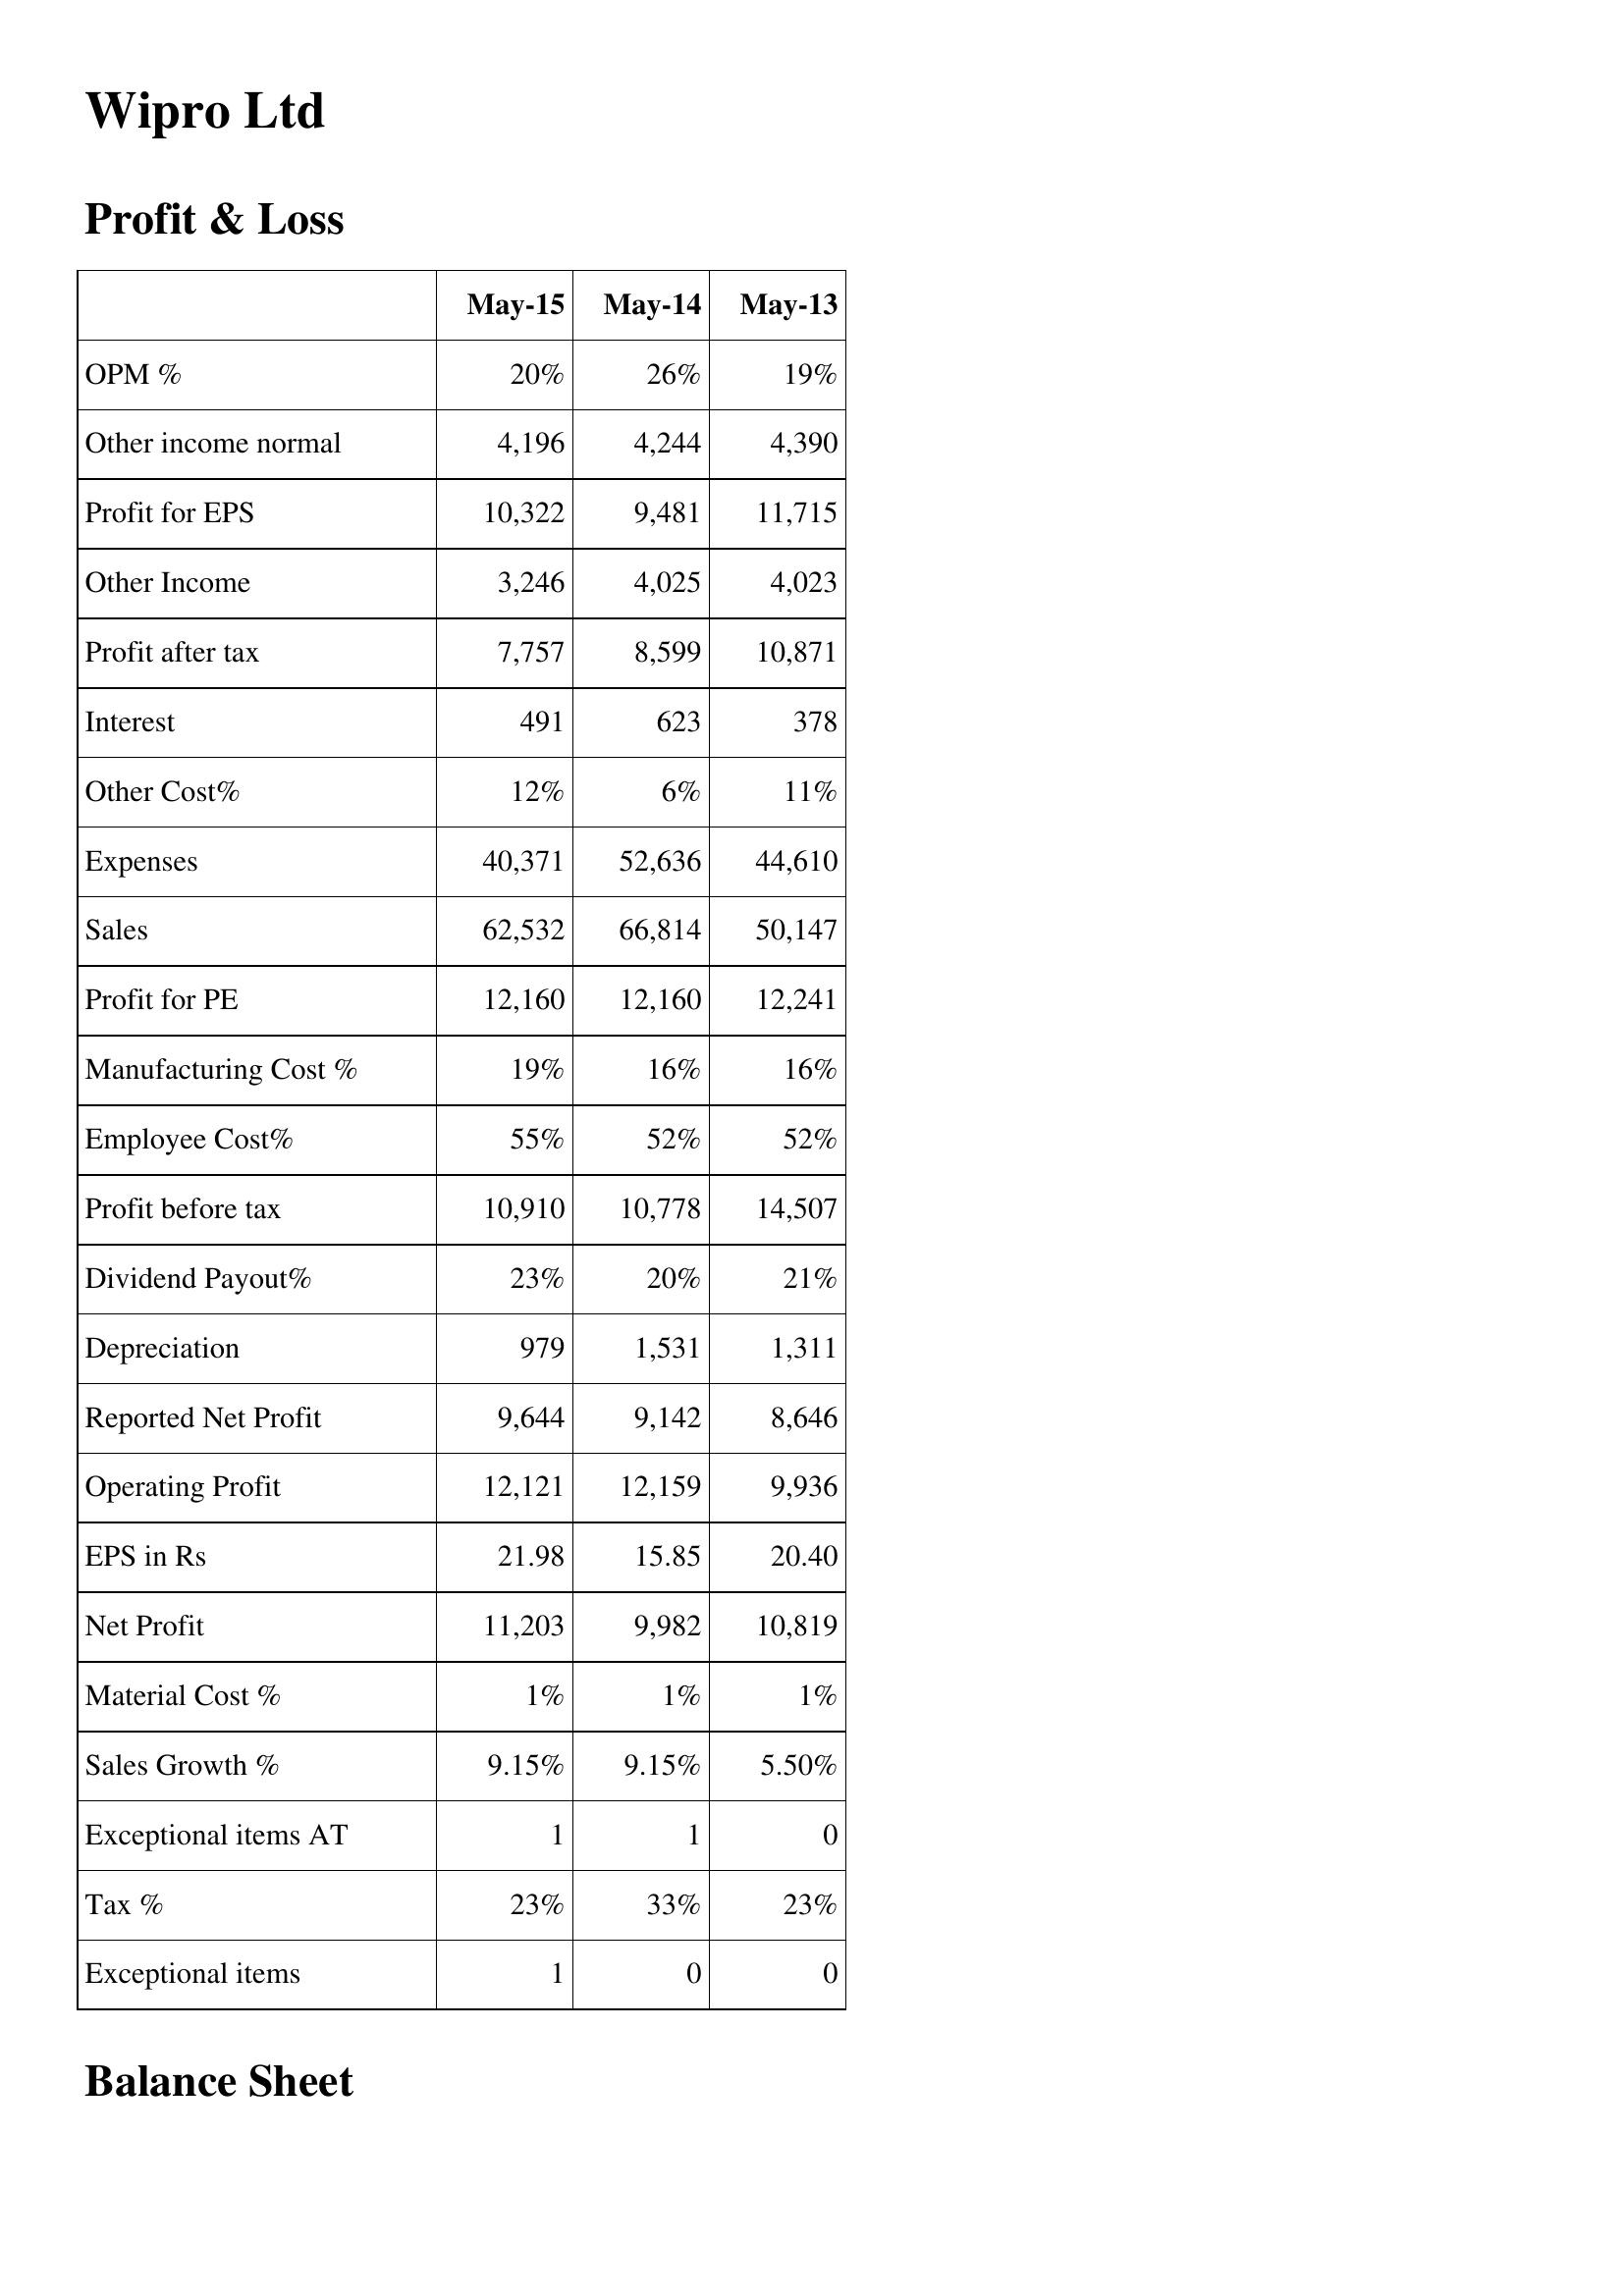
May-15: Profit & Loss: OPM %: 20%
Other income normal: 4,196
Profit for EPS: 10,322
Other Income: 3,246
Profit after tax: 7,757
Interest: 491
Other Cost%: 12%
Expenses: 40,371
Sales: 62,532
Profit for PE: 12,160
Manufacturing Cost %: 19%
Employee Cost%: 55%
Profit before tax: 10,910
Dividend Payout%: 23%
Depreciation: 979
Reported Net Profit: 9,644
Operating Profit: 12,121
EPS in Rs: 21.98
Net Profit: 11,203
Material Cost %: 1%
Sales Growth %: 9.15%
Exceptional items AT: 1
Tax %: 23%
Exceptional items: 1
May-14: Profit & Loss: OPM %: 26%
Other income normal: 4,244
Profit for EPS: 9,481
Other Income: 4,025
Profit after tax: 8,599
Interest: 623
Other Cost%: 6%
Expenses: 52,636
Sales: 66,814
Profit for PE: 12,160
Manufacturing Cost %: 16%
Employee Cost%: 52%
Profit before tax: 10,778
Dividend Payout%: 20%
Depreciation: 1,531
Reported Net Profit: 9,142
Operating Profit: 12,159
EPS in Rs: 15.85
Net Profit: 9,982
Material Cost %: 1%
Sales Growth %: 9.15%
Exceptional items AT: 1
Tax %: 33%
Exceptional items: 0
May-13: Profit & Loss: OPM %: 19%
Other income normal: 4,390
Profit for EPS: 11,715
Other Income: 4,023
Profit after tax: 10,871
Interest: 378
Other Cost%: 11%
Expenses: 44,610
Sales: 50,147
Profit for PE: 12,241
Manufacturing Cost %: 16%
Employee Cost%: 52%
Profit before tax: 14,507
Dividend Payout%: 21%
Depreciation: 1,311
Reported Net Profit: 8,646
Operating Profit: 9,936
EPS in Rs: 20.40
Net Profit: 10,819
Material Cost %: 1%
Sales Growth %: 5.50%
Exceptional items AT: 0
Tax %: 23%
Exceptional items: 0